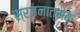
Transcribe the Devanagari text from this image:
स्रजनात्मक